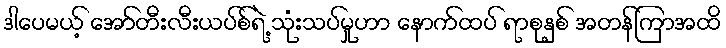
ဒါပေမယ့် အော်တီးလီးယပ်စ်ရဲ့ သုံးသပ်မှုဟာ နောက်ထပ် ရာစုနှစ် အတန်ကြာအထိ